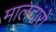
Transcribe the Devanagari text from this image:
मालदारों